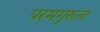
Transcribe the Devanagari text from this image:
परमगुरुत्व